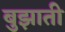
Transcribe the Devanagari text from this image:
बुझाती